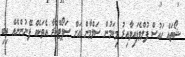
ޝޯތައް ހައުސް ފުލްވެފައިވާއިރު މިކަމުން ސަލްމާން އަށް ސަޕޯޓްކުރާ އެތަކެއް ފޭނުންނެއް ތިބި